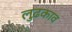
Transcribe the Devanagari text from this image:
लुढ़काव